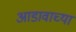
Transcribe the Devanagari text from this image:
आडावाच्या